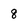
Character: 8